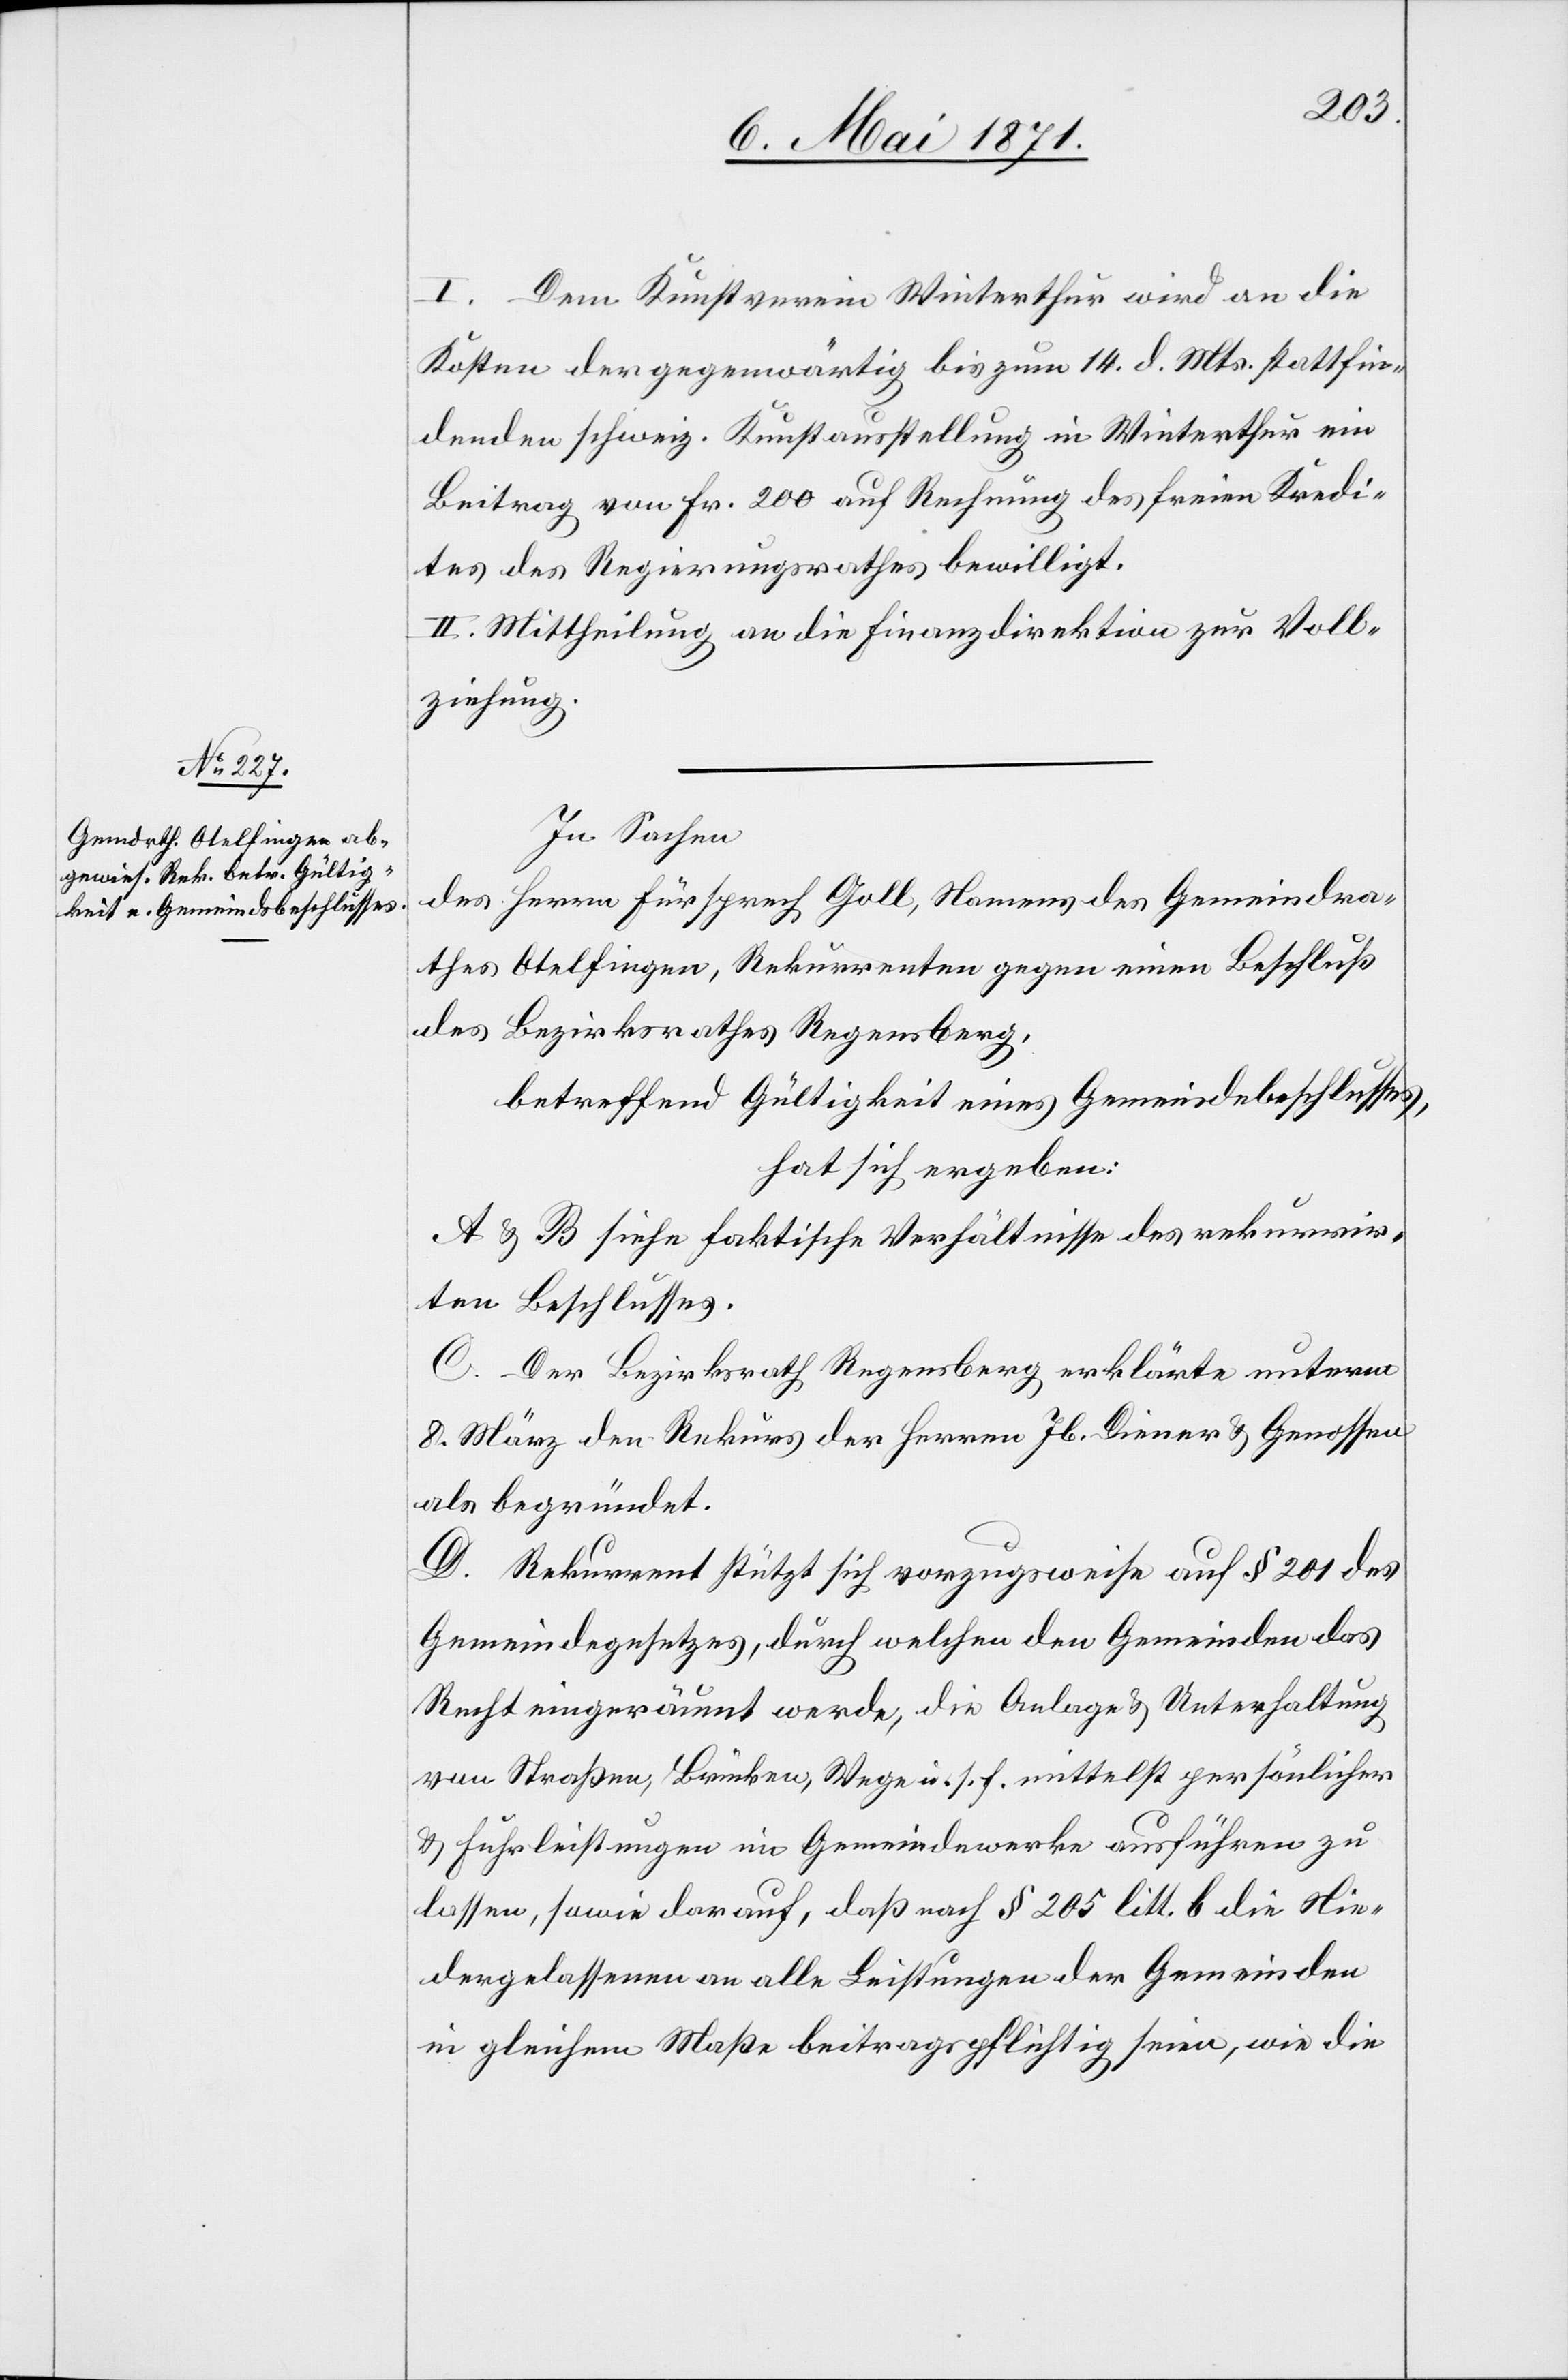
I. Dem Kunstverein Winterthur wird an die
Kosten der gegenwärtigen bis zum 14. d. Mts. stattfin¬
denden schweiz. Kunstaustellung in Winterthur ein
Beitrag von Fr. 200 auf Rechnung des freien Kredi¬
tes des Regierungsrathes bewilligt.
II. Mittheilung an die Finanzdirektion zur Voll¬
ziehung.
In Sachen
des Herrn Fürsprech Goll, Namens des Gemeindra¬
thes Otelfingen, Rekurrenten gegen einen Beschluß
des Bezirksrathes Regensberg,
betreffend Gültigkeit eines Gemeindebeschlusses,
hat sich ergeben:
A u. B siehe faktische Verhältnisse des rekurrir¬
ten Beschlusses.
C. Der Bezirksrath Regensberg erklärte unterm
8. März den Rekurs der Herren Jb. Diener u. Genossen
als begründet.
D. Rekurrent stützt sich vorzugsweise auf § 201 des
Gemeindegesetzes, durch welchen den Gemeinden das
Recht eingeräumt werde, die Anlage u. Unterhaltung
von Straßen, Brücken, Wege u. s. f. mittelst persönlicher
u. Fuhrleistungen im Gemeindewerke ausführen zu
lassen, sowie darauf, daß nach § 205 litt. b die Nie¬
dergelassenen an alle Leistungen der Gemeinden
in gleichem Maße beitragspflichtig seien, wie die